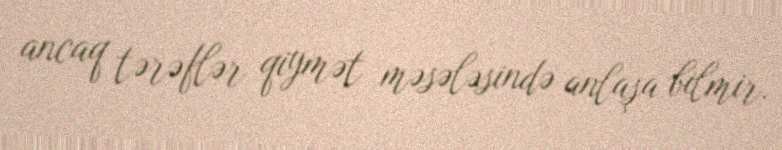
ancaq tərəflər qiymət məsələsində anlaşa bilmir.